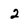
Character: 2